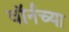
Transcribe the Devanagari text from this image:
वॉर्नच्या